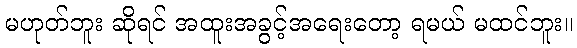
မဟုတ်ဘူး ဆိုရင် အထူးအခွင့်အရေးတော့ ရမယ် မထင်ဘူး။